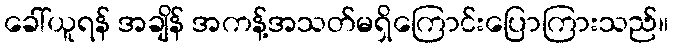
ခေါ်ယူရန် အချိန် အကန့်အသတ်မရှိကြောင်းပြောကြားသည်။